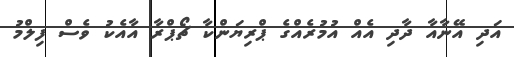
އަދި އޭނާއާ ދާދި އެއް އުމުރެއްގެ ޕްރިޔަންކާ ޗޯޕްރާ އާއެކު ވެސް ފިލްމު